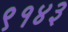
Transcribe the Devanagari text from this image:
९१४३